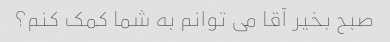
صبح بخیر آقا می توانم به شما کمک کنم؟